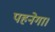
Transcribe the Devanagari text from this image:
पहनेगा।